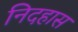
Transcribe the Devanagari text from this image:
निदहास